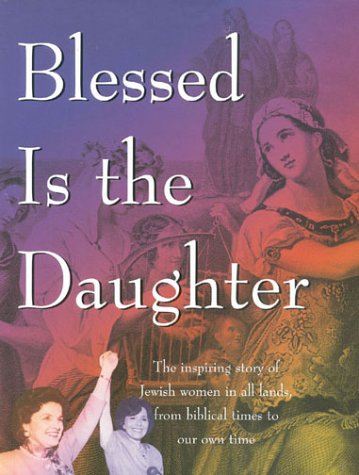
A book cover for Blessed is the Daughter, 8th Edition; Teen & Young Adult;